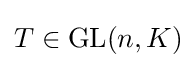
T\in {\text{GL}}(n,K)